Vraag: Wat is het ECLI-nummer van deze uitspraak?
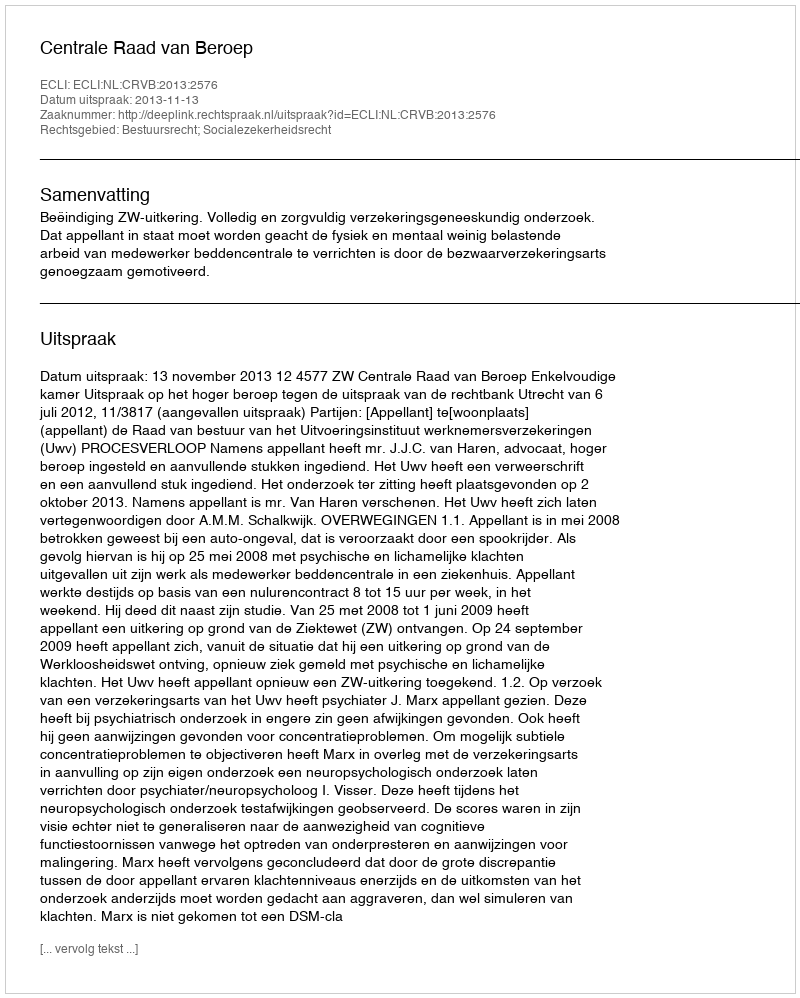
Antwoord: ECLI:NL:CRVB:2013:2576